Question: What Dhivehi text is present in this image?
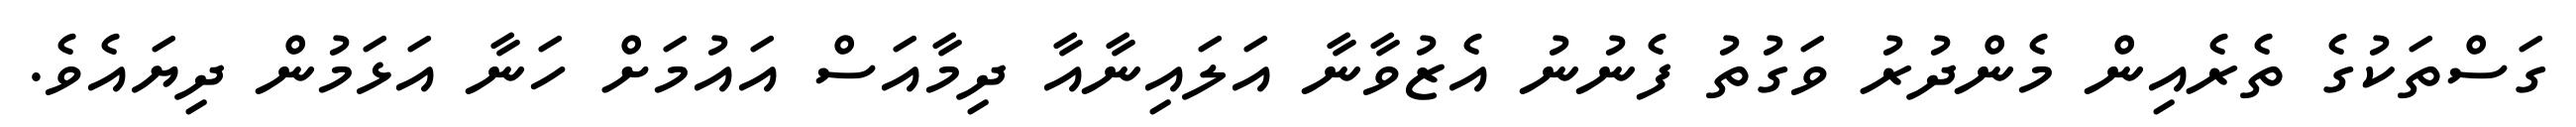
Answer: ގަސްތަކުގެ ތެރެއިން މެންދުރު ވަގުތު ފެނުނު އެޒުވާނާ އަލައިނާއާ ދިމާއަސް އައުމަށް ހަނާ އަޅަމުން ދިޔައެވެ.